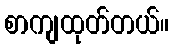
စာကျထုတ်တယ်။